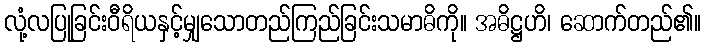
လုံ့လပြုခြင်းဝီရိယနှင့်မျှသောတည်ကြည်ခြင်းသမာဓိကို။ အဓိဋ္ဌဟိ၊ ဆောက်တည်၏။